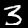
Label: 3